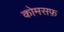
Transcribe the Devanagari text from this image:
कोमसफ़